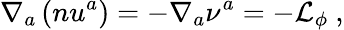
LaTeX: \nabla_{a}\left(nu^{a}\right)=-\nabla_{a}\nu^{a}=-\mathcal{L}_{\phi}~,